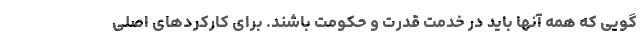
گویی که همه آنها باید در خدمت قدرت و حکومت باشند. برای کارکردهای اصلی